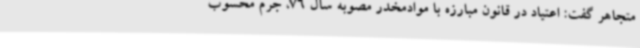
متجاهر گفت: اعتیاد در قانون مبارزه با موادمخدر مصوبه سال 76، جرم محسوب